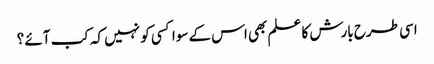
اسی طرح بارش کا علم بھی اس کے سوا کسی کو نہیں کہ کب آئے ؟